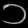
Digit: ၁